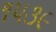
૧૫૩૯